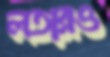
লতারও